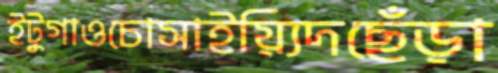
ইটুগাওচোসাইয়্যিদছেঁড়া